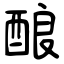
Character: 酿